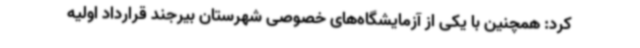
کرد: همچنین با یکی از آزمایشگاه‌های خصوصی شهرستان بیرجند قرارداد اولیه